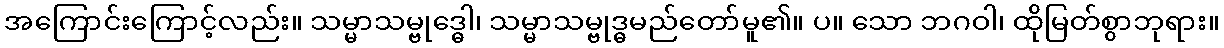
အကြောင်းကြောင့်လည်း။ သမ္မာသမ္ဗုဒ္ဓေါ၊ သမ္မာသမ္ဗုဒ္ဓမည်တော်မူ၏။ ပ။ သော ဘဂဝါ၊ ထိုမြတ်စွာဘုရား။